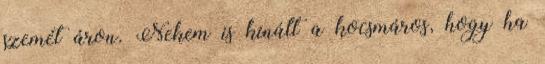
szemét áron. Nekem is kínált a kocsmáros, hogy ha